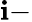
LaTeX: \mathbf{i}-